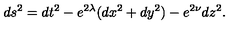
d s ^ { 2 } = d t ^ { 2 } - e ^ { 2 \lambda } ( d x ^ { 2 } + d y ^ { 2 } ) - e ^ { 2 \nu } d z ^ { 2 } .